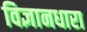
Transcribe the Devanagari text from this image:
विज्ञानधारा